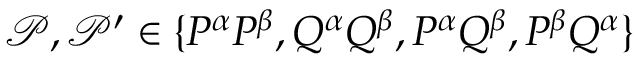
\mathcal { P } , \mathcal { P } ^ { \prime } \in \{ P ^ { \alpha } P ^ { \beta } , Q ^ { \alpha } Q ^ { \beta } , P ^ { \alpha } Q ^ { \beta } , P ^ { \beta } Q ^ { \alpha } \}